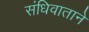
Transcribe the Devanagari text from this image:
संधिवाताने